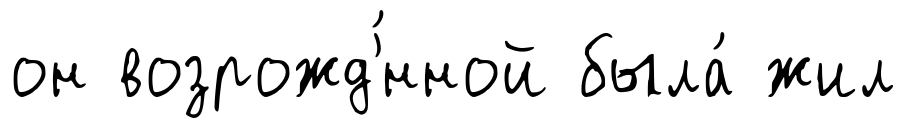
он возрожд'́нной была́ жил